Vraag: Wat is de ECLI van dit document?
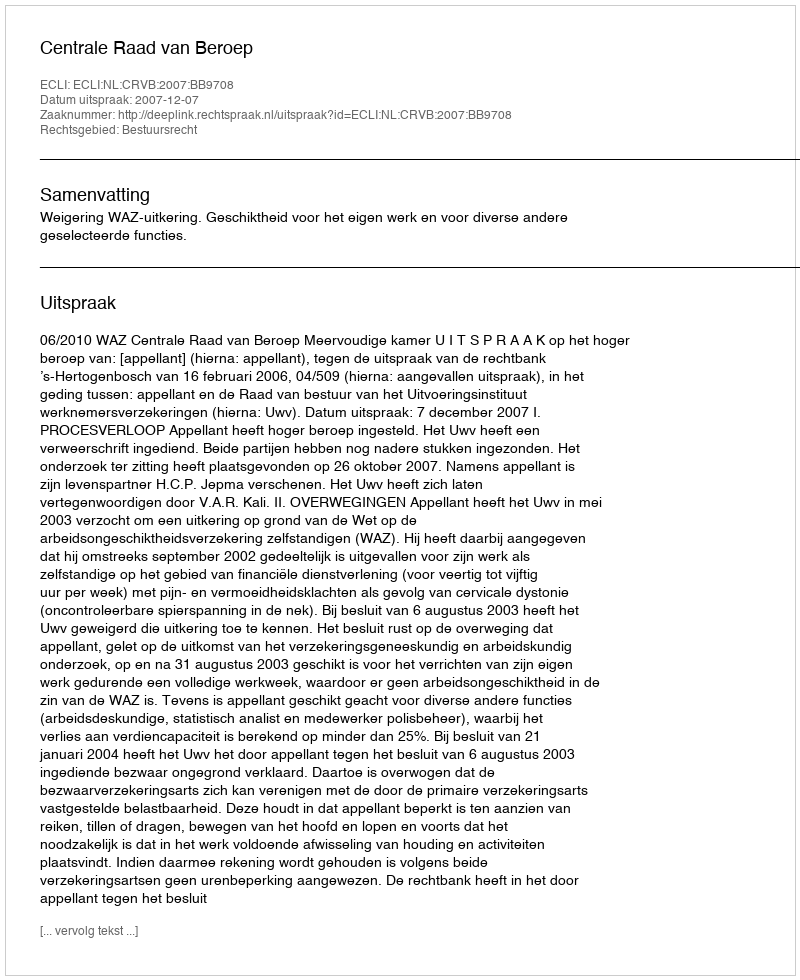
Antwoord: ECLI:NL:CRVB:2007:BB9708